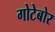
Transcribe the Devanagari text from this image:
गोटेबोर